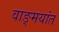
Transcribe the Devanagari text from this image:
वाङ्मयांत